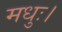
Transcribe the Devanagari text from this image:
मधुः।